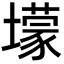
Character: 𡒯